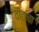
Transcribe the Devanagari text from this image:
वीटांचा